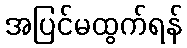
အပြင်မထွက်ရန်